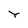
Character: Y